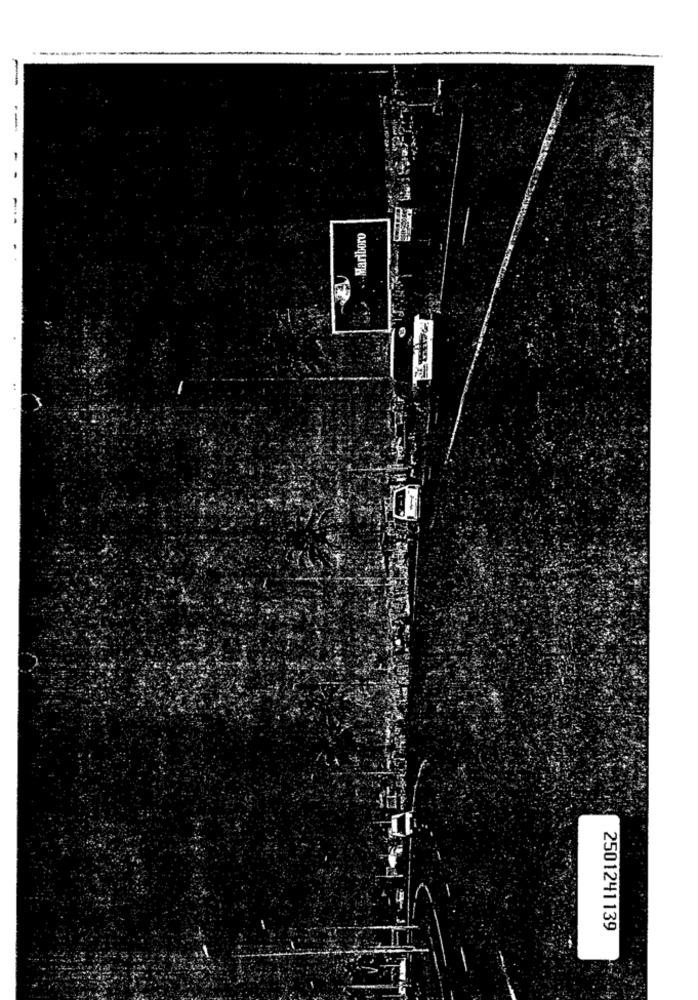
. . Marlboro
2501241139